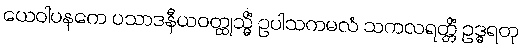
ယေဝါပနကေ ပသာဒနီယဝတ္ထုသ္မိံ ဥပါသကမလံ သကလရတ္တိံ ဥဒ္ဓရတု